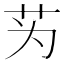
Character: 𫇭